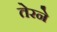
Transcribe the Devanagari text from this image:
तेरने